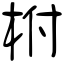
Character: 柎